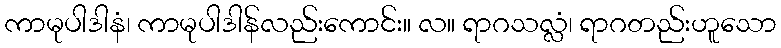
ကာမုပါဒါနံ၊ ကာမုပါဒါန်လည်းကောင်း။ လ။ ရာဂသလ္လံ၊ ရာဂတည်းဟူသော